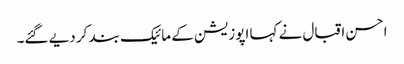
احسن اقبال نے کہا اپوزیشن کے مائیک بند کر دیے گئے۔